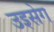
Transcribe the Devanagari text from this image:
उइसेग